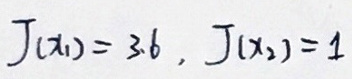
$J ( x _ { 1 } ) = 3. 6, J ( x _ { 2 } ) = 1$